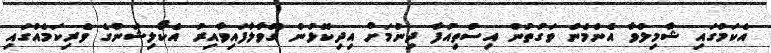
އެކަމުގައި ޝާމިލްވާ އެންމެން ވަގުތުން އިސްތިއުފާ ދިނުމަށް އިދިކޮޅުން ގޮވާލާފައިވާއިރު އެކޯލިޝަންގެ ވެރިކަމެއްގައި